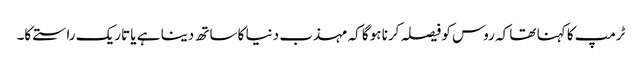
ٹرمپ کا کہنا تھا کہ روس کو فیصلہ کرنا ہوگا کہ مہذب دنیا کا ساتھ دینا ہے یا تاریک راستے کا۔